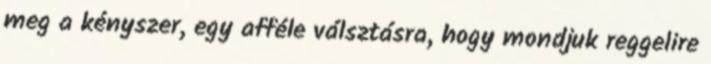
meg a kényszer, egy afféle válsztásra, hogy mondjuk reggelire